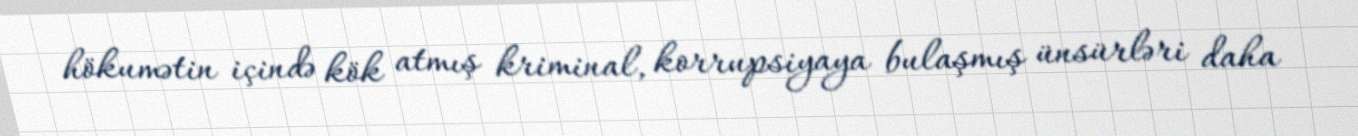
hökumətin içində kök atmış kriminal, korrupsiyaya bulaşmış ünsürləri daha